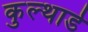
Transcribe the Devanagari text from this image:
कुल्थार्ड